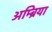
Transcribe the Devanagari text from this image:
अम्ब्रिया